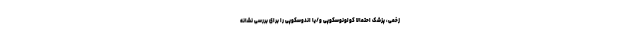
زخمی، پزشک احتمالا کولونوسکوپی و/یا اندوسکوپی را برای بررسی نشانه